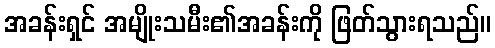
အခန်းရှင် အမျိုးသမီး၏အခန်းကို ဖြတ်သွားရသည်။